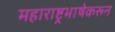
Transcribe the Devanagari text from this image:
महाराष्ट्रभाषेकरून